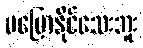
မပြောနိုင်သေးဘူး